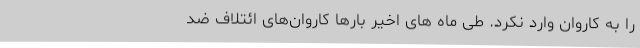
را به کاروان وارد نکرد. طی ماه های اخیر بارها کاروان‌های ائتلاف ضد